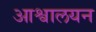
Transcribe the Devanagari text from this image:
आश्वालयन